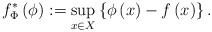
\begin{align*}f_{\Phi}^{*}\left(\phi\right):=\sup_{x\in X}\left\{ \phi\left(x\right)-f\left(x\right)\right\} .\end{align*}